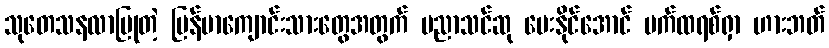
သုတေသနလာပြုတဲ့ မြန်မာကျောင်းသားတွေအတွက် ပညာသင်ဆု ပေးနိုင်အောင် ပက်ထရစ်ရှာ ဟားဘတ်